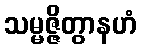
သမ္မဇ္ဇိတွာနဟံ